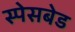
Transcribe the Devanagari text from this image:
स्पेसबेड